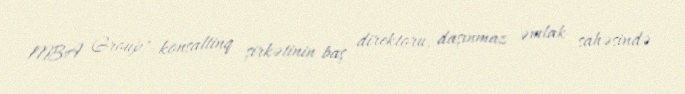
MBA Group" konsaltinq şirkətinin baş direktoru, daşınmaz əmlak sahəsində